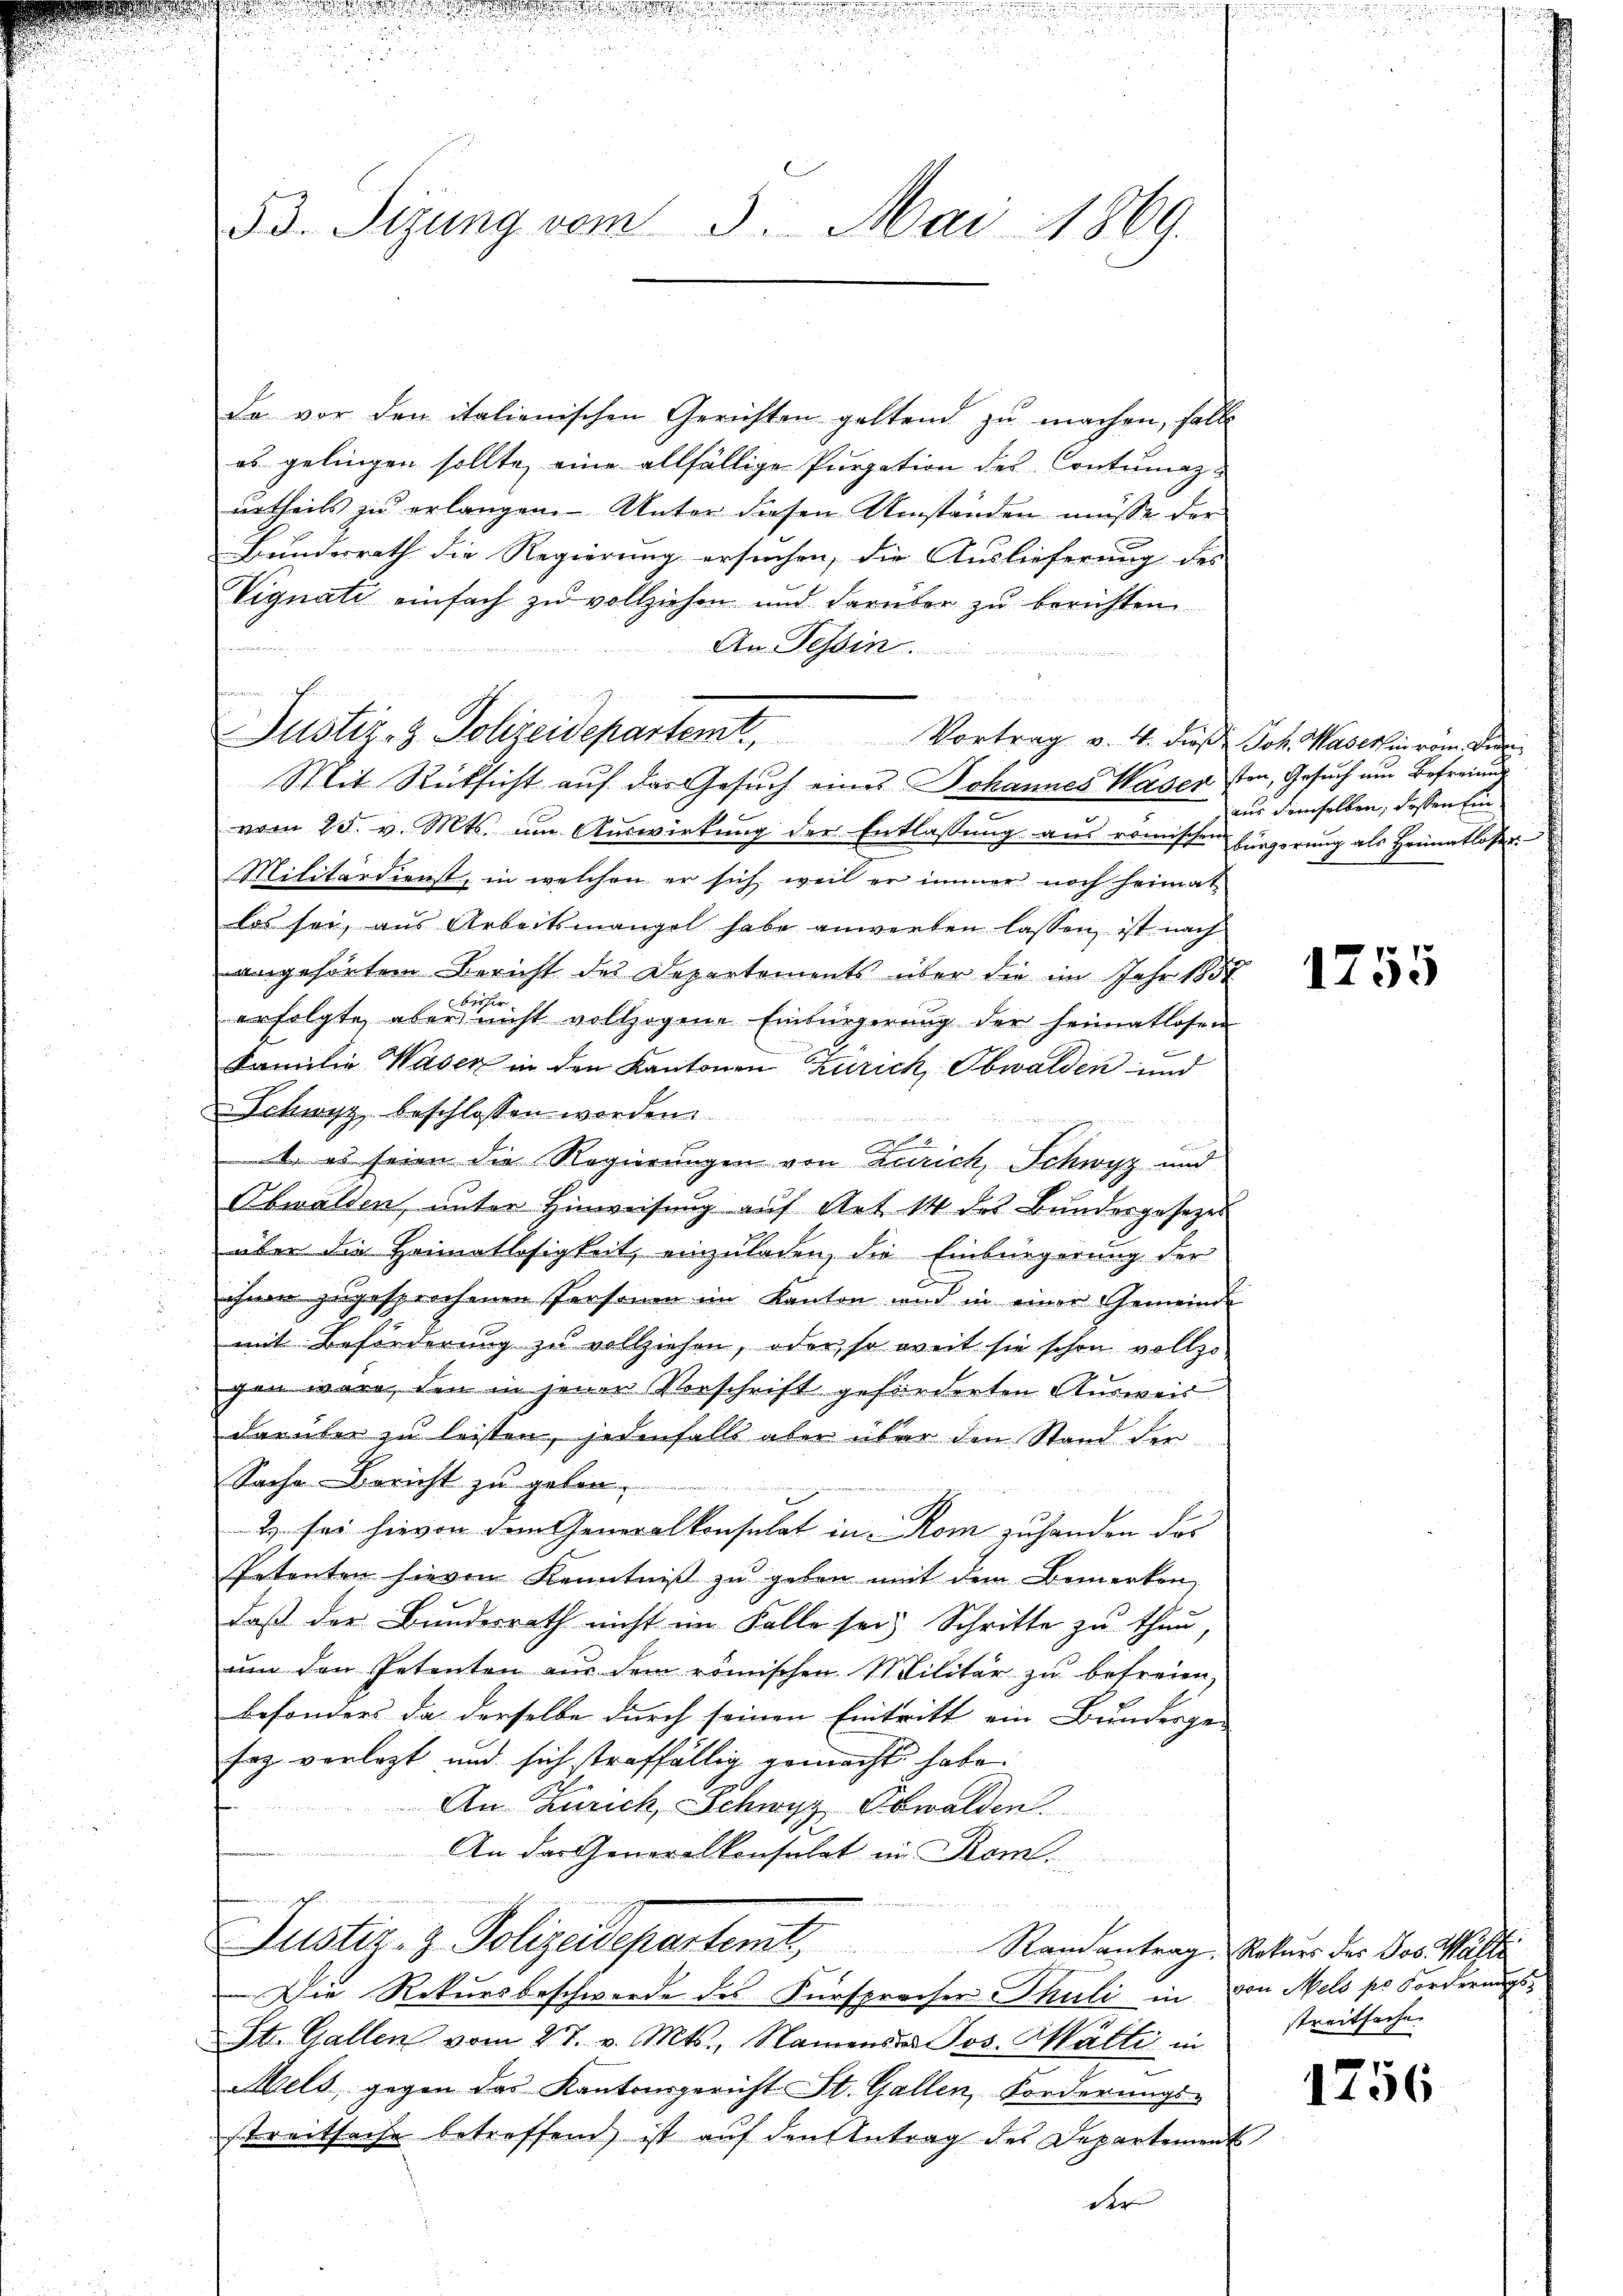
53. Sizung vom 5. Mai 1869.

da vor den italienischen Gerichten geltend zu machen, fall
eb gelingen sollte, eine allfällige Purgation des Contumazurtheils zu erlangene Unter diesen Umständen müsse der
Bundesrath die Regierung ersuchen, die Auslieferung des
Vignati einfach zu vollziehen und darüber zŭ berichten
An Tessin.
Mit Rücksicht auf das Gesuch eines Johannes Waser ston, Gesuch um Befreiung
vom 25. v. Mts. um Auswirkung der Entlassung aus römischen Bürgerung als Heimatloser
Militärdienst, in welchen er sich weil er immer noch heimat
los sei, aus Arbeitsmangel habe anwerten lassen, ist nach
angehörten Bericht des Departements über die im Jahr 1857
bisher
erfolgte aber nicht vollzogene Einbürgerung der Heimatlosen
Familie Wasen in den Kantonen Zürich, Obwalden und
Schwyz beschlossen worden.

i
C
1. es seien die Regierungen von Leich, Schwyz und
Obwalden, unter Hinweisung auf Art 14 des Bundesgesezes
über die Heimatlosigkeit, einzuladen, die Einbürgerung der
ihnen zugesprochenen Personen im Kanton und in einer Gemeinde
mit Beforderung zu vollziehen, oder so weit sie schon vollzo-
gen wäre, den in jenen Vorschrift geförderten Ausweis
darüber zu leisten, jedenfalls aber über den Stand der¬
Sache-Bericht zu geben,
 ses hievon dem Generalkonsulat in Rom zu handen das
Petenten hievon Kenntniß zu geben mit dem Bemerken,
daß der Bundesrath nicht im Falle sei Schritte zu than,
um den Petenten aus dem römischen Militär zu befreien,
besonders da derselbe durch seinen Eintritt ein Bundesge-
saz verlegt und sich straffällig gemacht habe.
An Zürich, Schwyz, Obwalden.
An das Generalkonsulat in Rom.
2 x 2 2
Justiz- & Polizeidepartemt, Randantrag. Natur der Postkaste
Die Rekursbeschwerde des Fürsprecher Thuli in von Mels pr Forderungs¬
St. Gallen vom 27. v. Mts., Namens Jos. Wälti in
Mels, gegen das Kantonsgericht St. Gallen, Forderungs-
streitsache betreffend ist auf den Antrag des Departement
der

4

Justiz- & Polizeidepartemt. Vortrag v. 4. daß Joh. Kaserheirin der

aus demselben, dessen Ein

.

1755

streitsache

1756